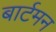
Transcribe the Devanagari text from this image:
बार्टमन